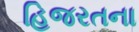
હિજરતના